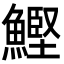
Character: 鰹